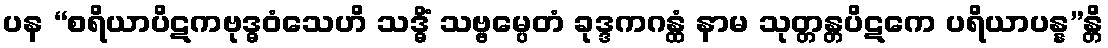
ပန “စရိယာပိဋကဗုဒ္ဓဝံသေဟိ သဒ္ဓိံ သဗ္ဗမ္ပေတံ ခုဒ္ဒကဂန္ထံ နာမ သုတ္တန္တပိဋကေ ပရိယာပန္န”န္တိ